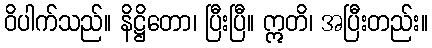
ဝိပါက်သည်။ နိဋ္ဌိတော၊ ပြီးပြီ။ ဣတိ၊ အပြီးတည်း။